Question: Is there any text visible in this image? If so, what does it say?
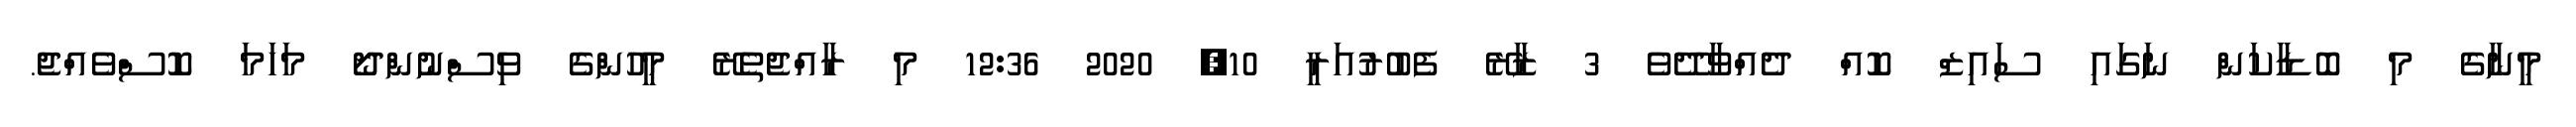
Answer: މީނާގެ މި ބޮޑާކަން ނަގައި ސައިޒް ކޮއް ދެއްވާދޭވެ 3 ޒާރޭ ފެބުރުއަރީ 10, 2020 12:36 މި ރާއްޖެތެރޭ މީހުންގެ ވިސްނުންދޯ މަހަމަ ކޮސްވެއްޖެ.